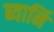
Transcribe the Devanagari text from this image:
ब्यार्नि